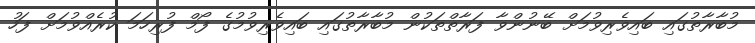
މުބާރާތުގައި ބައިވެރިވުމަށް ބޭނުންވާ ފަރާތްތަކުން މުބާރާތުގައި ބައިވެރިވުމުގެ ފޯމް ފުރިހަމަ ކުރެއްވުމަށް ފަހު